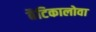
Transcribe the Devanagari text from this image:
बैटिकालोवा